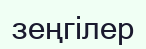
зеңгілер